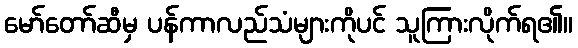
မော်တော်ဆီမှ ပန်ကာလည်သံများကိုပင် သူကြားလိုက်ရ၏။